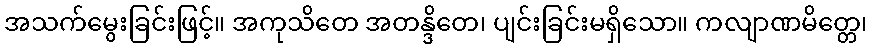
အသက်မွေးခြင်းဖြင့်။ အကုသိတေ အတန္ဒိတေ၊ ပျင်းခြင်းမရှိသော။ ကလျာဏမိတ္တေ၊